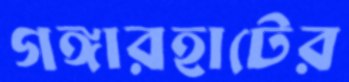
গঙ্গারহাটের